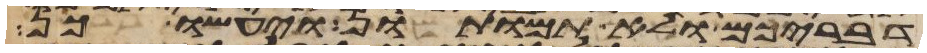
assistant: דבריכם ולא תמותון ויעשו כן